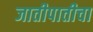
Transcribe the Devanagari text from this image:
जातीपातीचा